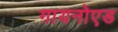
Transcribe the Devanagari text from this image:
गायनोएड